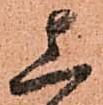
上